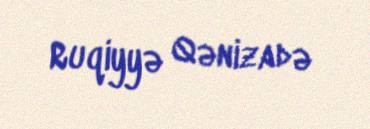
Ruqiyyə Qənizadə